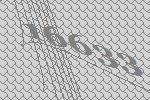
16633